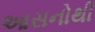
આસનોથી